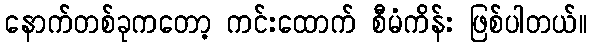
နောက်တစ်ခုကတော့ ကင်းထောက် စီမံကိန်း ဖြစ်ပါတယ်။